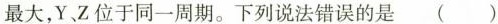
最大，Y、Z位于同一周期。下列说法错误的是 ( )